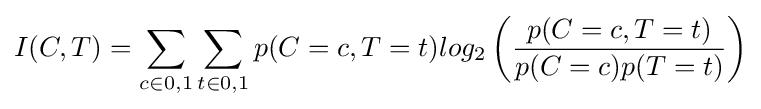
I(C,T)=\sum _{c\in {0,1}}{\sum _{t\in {0,1}}{p(C=c,T=t)log_{2}\left({\frac {p(C=c,T=t)}{p(C=c)p(T=t)}}\right)}}